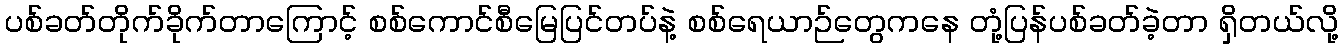
ပစ်ခတ်တိုက်ခိုက်တာကြောင့် စစ်ကောင်စီမြေပြင်တပ်နဲ့ စစ်ရေယာဉ်တွေကနေ တုံ့ပြန်ပစ်ခတ်ခဲ့တာ ရှိတယ်လို့